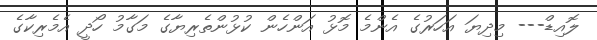
ލޮއިޑް--- މިދިޔަ އަހަރުގެ އެންމެ މޮޅު އަންހެން ކުޅުންތެރިޔާގެ މަގާމު ހޯދީ އެމެރިކާގެ